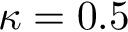
\kappa = 0 . 5